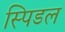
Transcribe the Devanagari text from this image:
स्पिडल